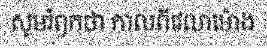
សូមរំឭកថា កាលពីវេលាម៉ោង